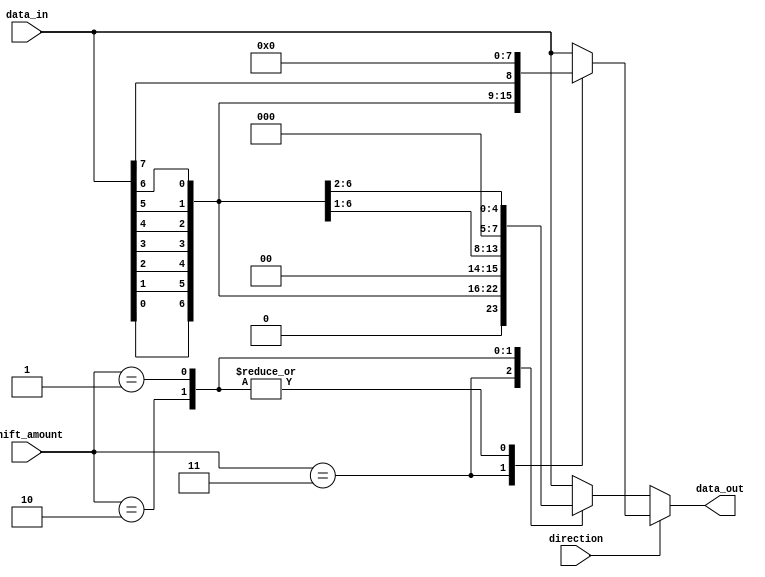
module Barrel_Shifter (
    input [7:0] data_in,
    input [2:0] shift_amount,
    input direction,
    output reg [7:0] data_out
);

reg [7:0] temp;

always @ (*) begin
    if (direction == 1) begin // left shift
        case (shift_amount)
            3: temp = {data_in[0], data_in[1], data_in[2], data_in[3], data_in[4], data_in[5], data_in[6], data_in[7]};
            2: temp = {data_in[0], data_in[1], data_in[2], data_in[3], data_in[4], data_in[5], data_in[6], 0};
            1: temp = {data_in[0], data_in[1], data_in[2], data_in[3], data_in[4], data_in[5], 0, 0};
            default: temp = data_in;
        endcase
    end
    else begin // right shift
        case (shift_amount)
            3: temp = {0, data_in[0], data_in[1], data_in[2], data_in[3], data_in[4], data_in[5], data_in[6]};
            2: temp = {0, 0, data_in[0], data_in[1], data_in[2], data_in[3], data_in[4], data_in[5]};
            1: temp = {0, 0, 0, data_in[0], data_in[1], data_in[2], data_in[3], data_in[4]};
            default: temp = data_in;
        endcase
    end
end

assign data_out = temp;

endmodule